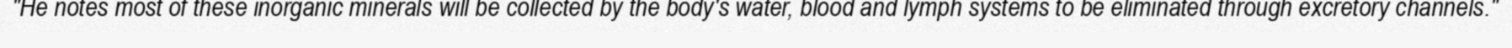
"He notes most of these inorganic minerals will be collected by the body's water, blood and lymph systems to be eliminated through excretory channels."